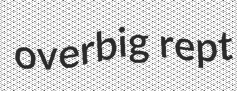
overbig rept